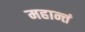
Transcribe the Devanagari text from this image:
महान्तं